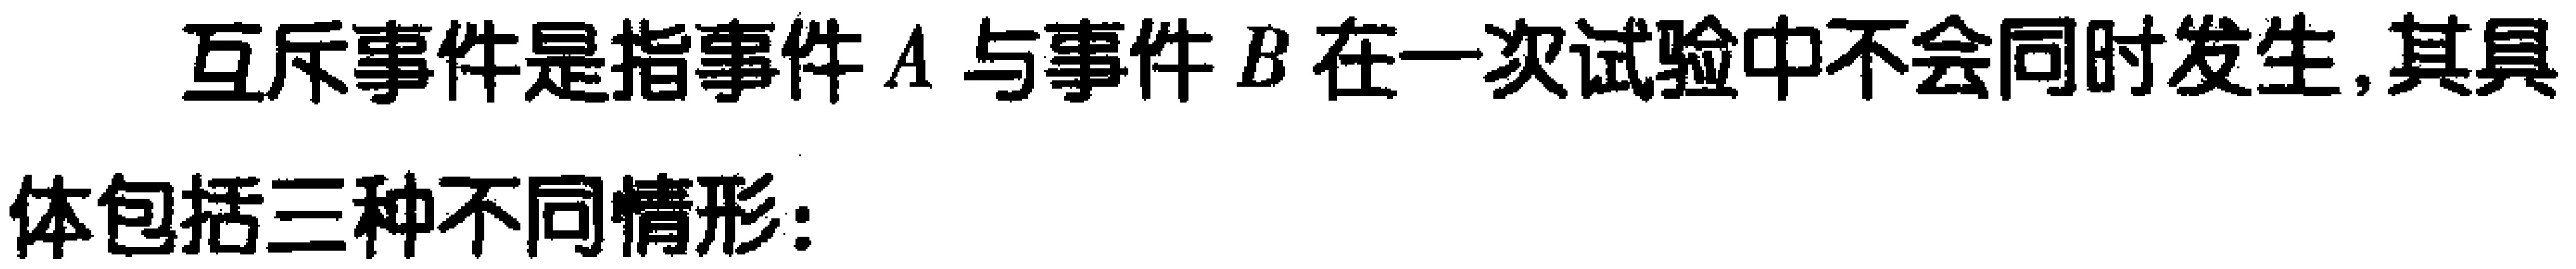
互斥事件是指事件\(A\)与事件\(B\)在一次试验中不会同时发生,其具体包括三种不同情形: